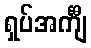
ရှပ်အင်္ကျီ